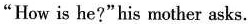
"How is he?" his mother asks.